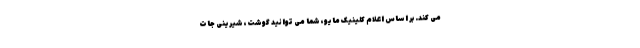
می کند. بر اساس اعلام کلینیک مایو، شما می توانید گوشت، شیرینی جات